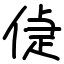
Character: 偼